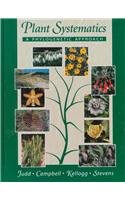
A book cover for Plant Systematics: A Phylogenetic Approach [With CD-ROM]; Walter S. Judd; Science & Math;